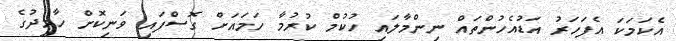
އެކަމަކަ އެފަހަރު އަޑުއެހުންތައް ނިންމާލައި ހުކުމް ކުރުމާ ހަމައަށް ގޮސްފައި ވަނިކޮށް ހާމިދުގެ